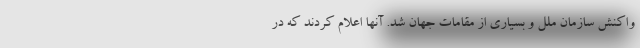
واکنش سازمان ملل و بسیاری از مقامات جهان شد. آنها اعلام کردند که در